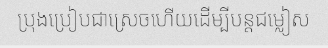
ប្រុងប្រៀបជាស្រេចហើយដើម្បីបន្តជម្លៀស